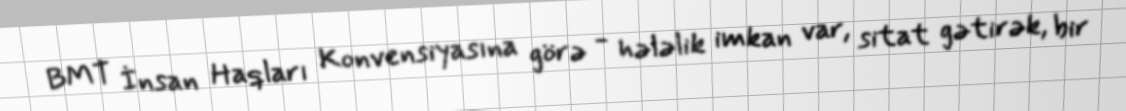
BMT İnsan Haqları Konvensiyasına görə - hələlik imkan var, sitat gətirək, bir